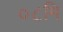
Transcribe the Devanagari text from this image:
०८मि